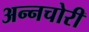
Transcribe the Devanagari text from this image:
अन्नचोरी